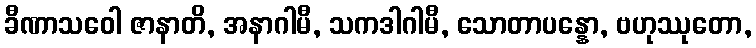
ခီဏာသဝေါ ဇာနာတိ, အနာဂါမီ, သကဒါဂါမီ, သောတာပန္နော, ဗဟုဿုတော,